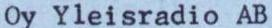
Oy Yleisradio AB